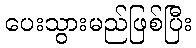
ပေးသွားမည်ဖြစ်ပြီး